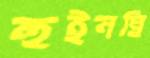
হুইনছি